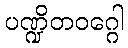
ပဏ္ဍိတဝဂ္ဂေါ